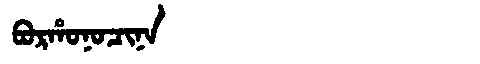
Manchu: ᠪᠣᡵᡥᠣᠨᠣᠴᡳᠨᠠ
Romanization: BORHONOCINA